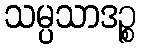
သမ္ပသာဒဉ္စ